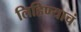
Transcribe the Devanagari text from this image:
लिहिण्याचं